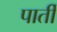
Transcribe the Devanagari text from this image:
पार्ती